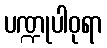
ပဏ္ဍုပါဝုရာ